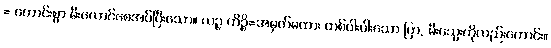
= ကောင်းစွာ မီးလောင်စေအပ်ပြီးသော။ ယဉ္စ ကိဉ္စိ=အမှတ်မထား တစ်ပါးပါးသော ပြာ, မီးသွေးကိုလည်းကောင်း။